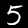
Label: 5